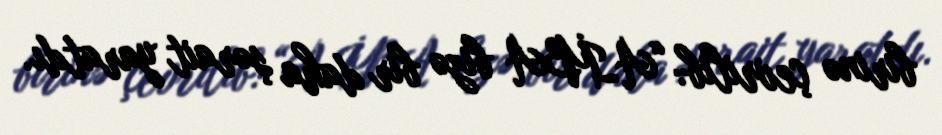
birinə çevrilib: “AİBA bizə bir daha şərait yaratdı.